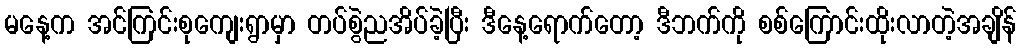
မနေ့က အင်ကြင်းစုကျေးရွာမှာ တပ်စွဲညအိပ်ခဲ့ပြီး ဒီနေ့ရောက်တော့ ဒီဘက်ကို စစ်ကြောင်းထိုးလာတဲ့အချိန်